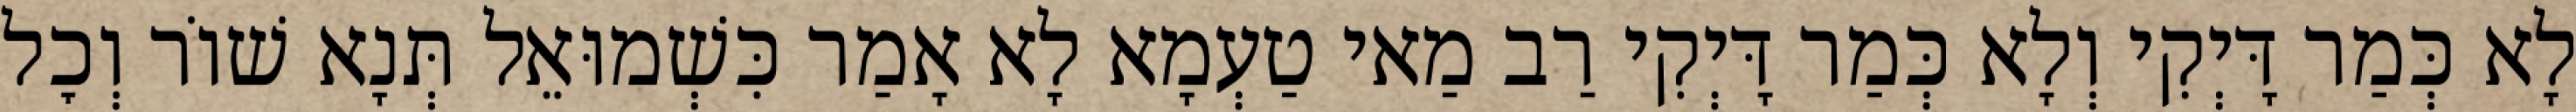
לָא כְּמַר דָּיְקִי וְלָא כְּמַר דָּיְקִי רַב מַאי טַעְמָא לָא אָמַר כִּשְׁמוּאֵל תְּנָא שׁוֹר וְכׇל